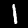
Label: 1